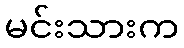
မင်းသားက